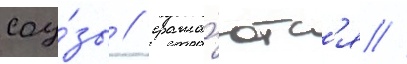
соу́зы / сража́ютс'я //